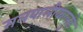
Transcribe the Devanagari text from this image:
मलयालीकालुडे